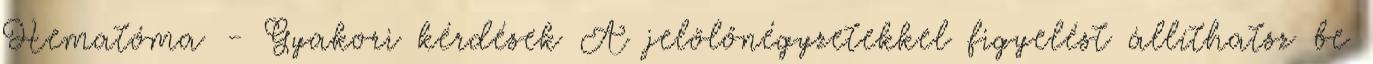
Hematóma - Gyakori kérdések A jelölőnégyzetekkel figyelést állíthatsz be